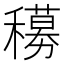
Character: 𬔁